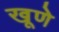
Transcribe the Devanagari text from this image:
खूणे